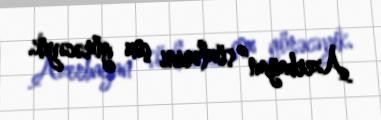
Azerbaijan” sözlərini çox görəcəyik.